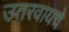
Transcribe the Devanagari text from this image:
उतरवायचे